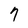
Character: 7